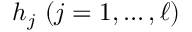
h _ { j } \ ( j = 1 , \ldots , \ell )